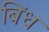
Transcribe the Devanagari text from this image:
बिंध